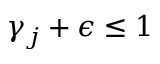
\gamma _ { j } + \epsilon \leq 1